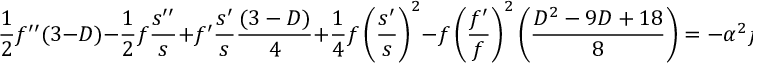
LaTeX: \frac { 1 } { 2 } f ^ { \prime \prime } ( 3 - D ) - \frac { 1 } { 2 } f \frac { s ^ { \prime \prime } } { s } + f ^ { \prime } \frac { s ^ { \prime } } { s } \frac { ( 3 - D ) } { 4 } + \frac { 1 } { 4 } f \left( \frac { s ^ { \prime } } { s } \right) ^ { 2 } - f \left( \frac { f ^ { \prime } } { f } \right) ^ { 2 } \left( \frac { D ^ { 2 } - 9 D + 1 8 } { 8 } \right) = - \alpha ^ { 2 } f \frac { ( D - 2 ) ^ { 2 } + ( D - 2 ) } { 8 }